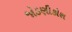
જોડણીકોશ